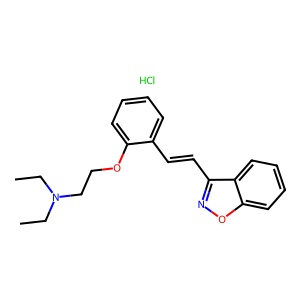
SMILES: CCN(CC)CCOc1ccccc1C=Cc1noc2ccccc12.Cl
Inhibits HIV replication: No